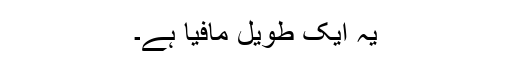
یہ ایک طویل مافیا ہے۔